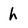
Character: h